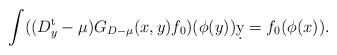
LaTeX: \begin{align*} \int ((D_y^{\rm t}-\mu) G_{D-\mu}(x,y) f_0)(\phi(y))\d y= f_0(\phi(x)).\end{align*}